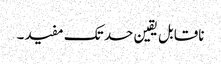
ناقابل یقین حد تک مفید۔